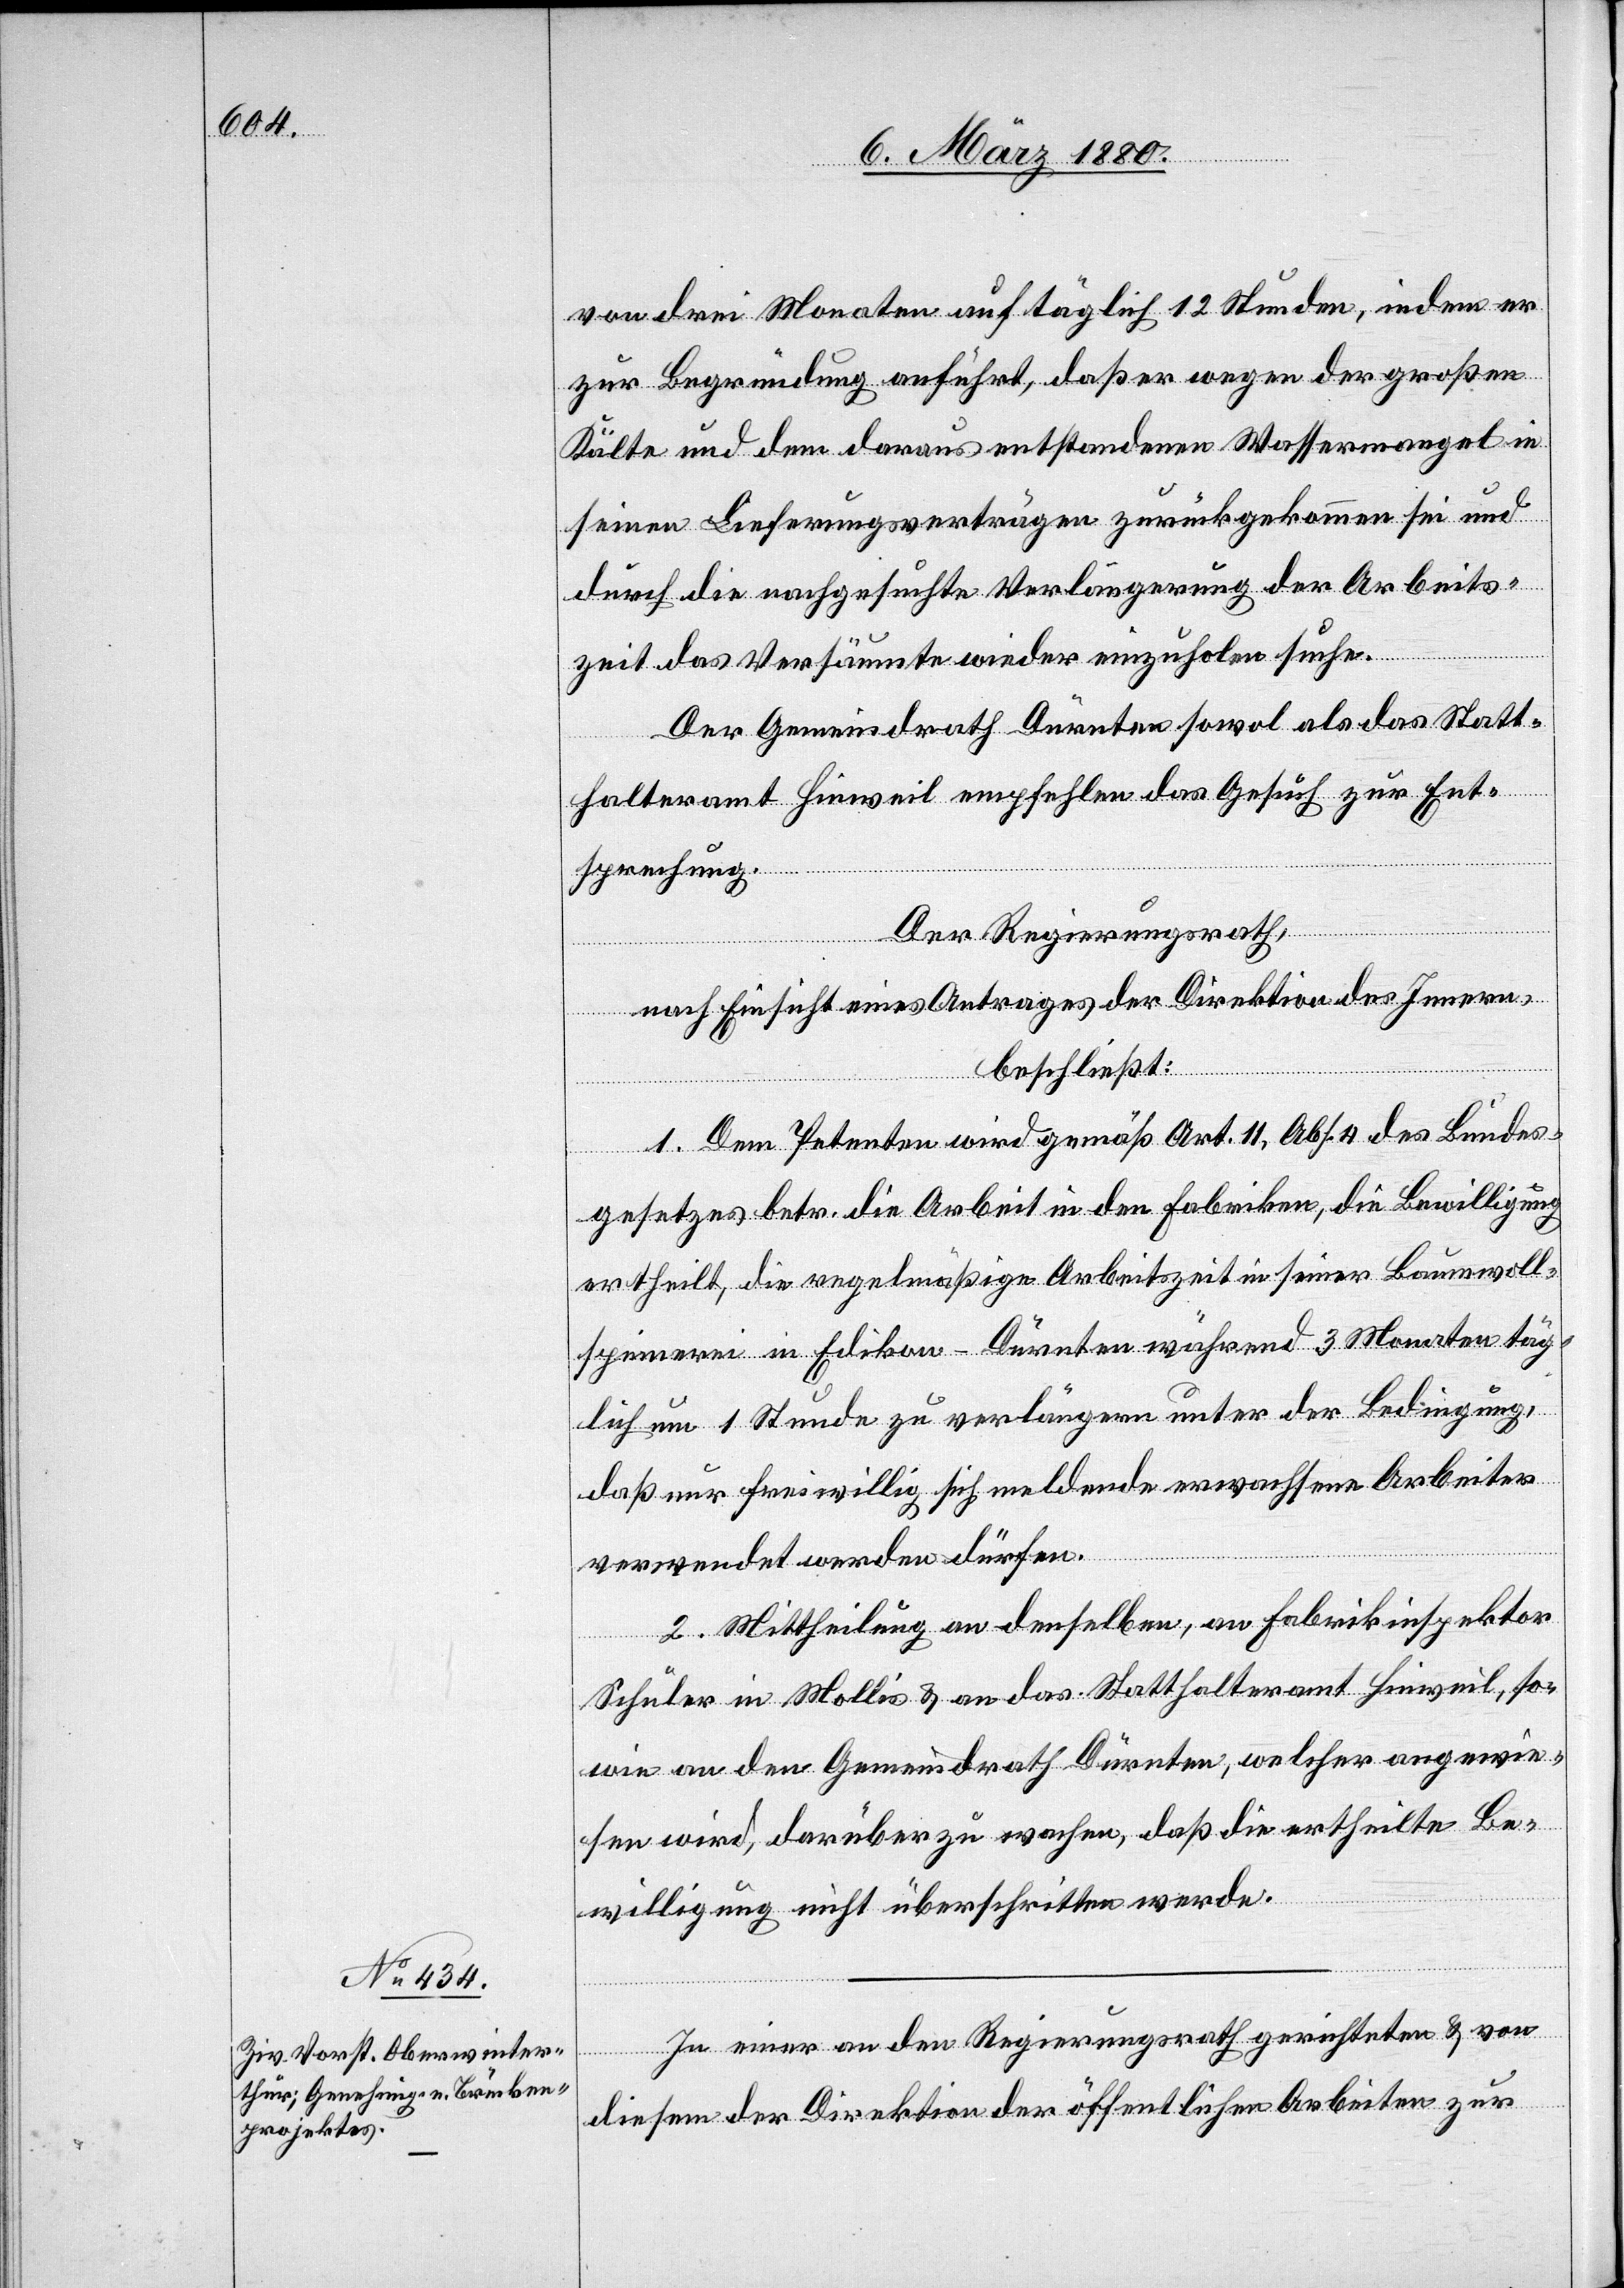
von drei Monaten auf täglich 12 Stunden, indem er
zur Begründung anführt, daß er wegen der großen
Kälte und dem daraus entstehenden Wassermangel in
seinen Lieferungsverträgen zurückgekommen sei und
durch die nachgesuchte Verlängerung der Arbeits¬
zeit das Versäumte wieder einzuholen suche.
Der Gemeindrath Dürnten sowol als das Statt¬
halteramt Hinweil empfehlen das Gesuch zur Ent¬
sprechung.
Der Regierungsrath,
nach Einsicht eines Antrages der Direktion des Innern,
beschließt:
1. Dem Petenten wird gemäß Art. 11, Abs. 4 des Bundes¬
gesetzes betr. die Arbeit in den Fabriken, die Bewilligung
ertheilt, die regelmäßige Arbeitszeit in seiner Baumwoll¬
spinnerei in Edikon - Dürnten während 3 Monaten täg¬
lich um 1 Stunde zu verlängern unter der Bedingung,
daß nur freiwillig sich meldende erwachsene Arbeiter
verwendet werden dürfen.
2. Mittheilung an denselben, an Fabrikinspektor
Schuler in Mollis & an das Statthalteramt Hinweil, so¬
wie an den Gemeindrath Dürnten, welcher angewie¬
sen wird, darüber zu wachen, daß die ertheilte Be¬
willigung nicht überschritten werde.
In einer an den Regierungsrath gerichteten & von
diesem der Direktion der öffentlichen Arbeiten zur